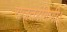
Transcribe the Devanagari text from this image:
राजतरंगिणी।